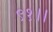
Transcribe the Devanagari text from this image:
९१।।